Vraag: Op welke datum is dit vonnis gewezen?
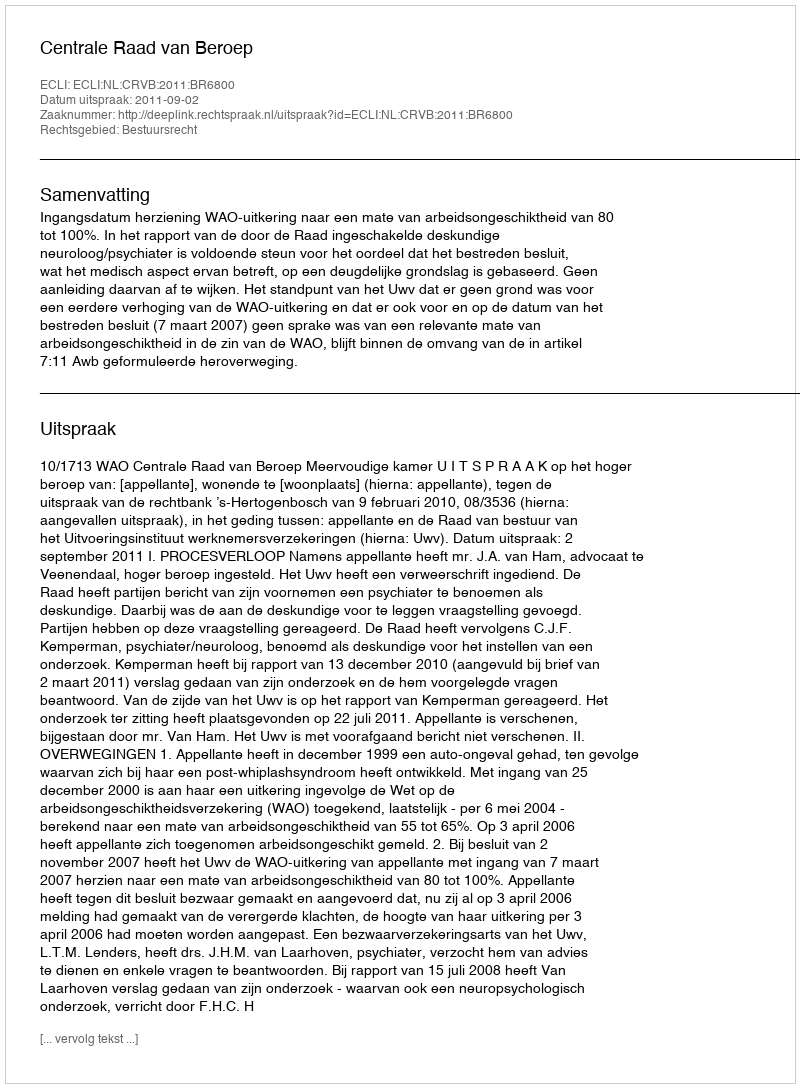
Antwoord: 2011-09-02